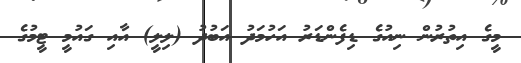
މީގެ އިތުރުން ނިއުގެ ޑިފެންޑަރު އަހުމަދު އަބުދު (ލިލީ) އާއި ގައުމީ ޓީމުގެ